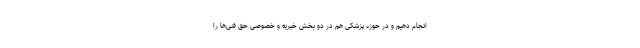
انجام دهیم و در حوزه پزشکی هم در دو بخش خیریه و خصوصی حق فنی‌ها را